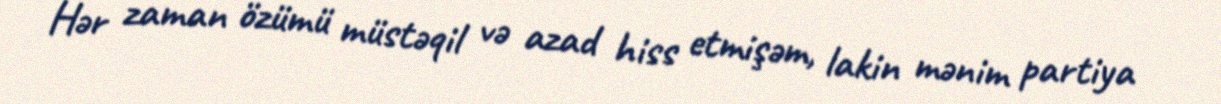
Hər zaman özümü müstəqil və azad hiss etmişəm, lakin mənim partiya